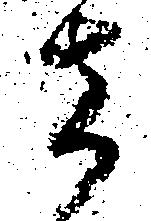
者